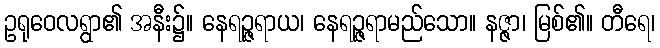
ဥရုဝေလရွာ၏ အနီး၌။ နေရဉ္ဇရာယ၊ နေရဉ္ဇရာမည်သော။ နဇ္ဇာ၊ မြစ်၏။ တီရေ၊